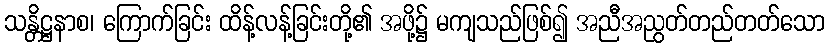
သန္တိဋ္ဌနာစ၊ ကြောက်ခြင်း ထိန့်လန့်ခြင်းတို့၏ အဖို့၌ မကျသည်ဖြစ်၍ အညီအညွတ်တည်တတ်သော